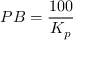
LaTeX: P B = { \frac { 1 0 0 } { K _ { p } } }